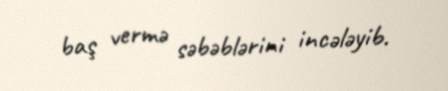
baş vermə səbəblərini incələyib.